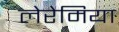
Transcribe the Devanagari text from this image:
लेरेमिया